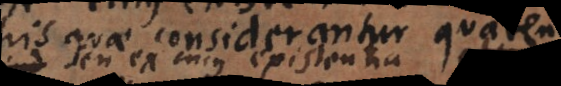
his quae considerantur quatenus